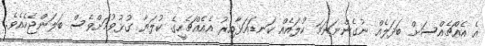
އެ އެއްޗެއްސަށް ބަދަލެއް ނުގެންނަނަމަ ކުލައެއް ކަނޑައަޅާއިރު އެއެއްޗެހީގެ ކުލަޔާ ގުޅުވުމަށްވެސް ބަލަންޖެހެއެވެ.